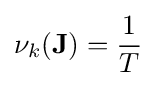
\nu _{k}(\mathbf {J} )={\frac {1}{T}}